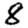
Digit: 8